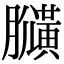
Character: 𪏍